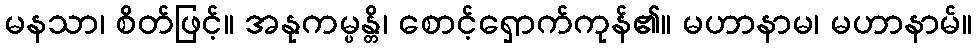
မနသာ၊ စိတ်ဖြင့်။ အနုကမ္ပန္တိ၊ စောင့်ရှောက်ကုန်၏။ မဟာနာမ၊ မဟာနာမ်။